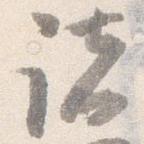
諸